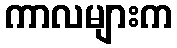
ကာလများက